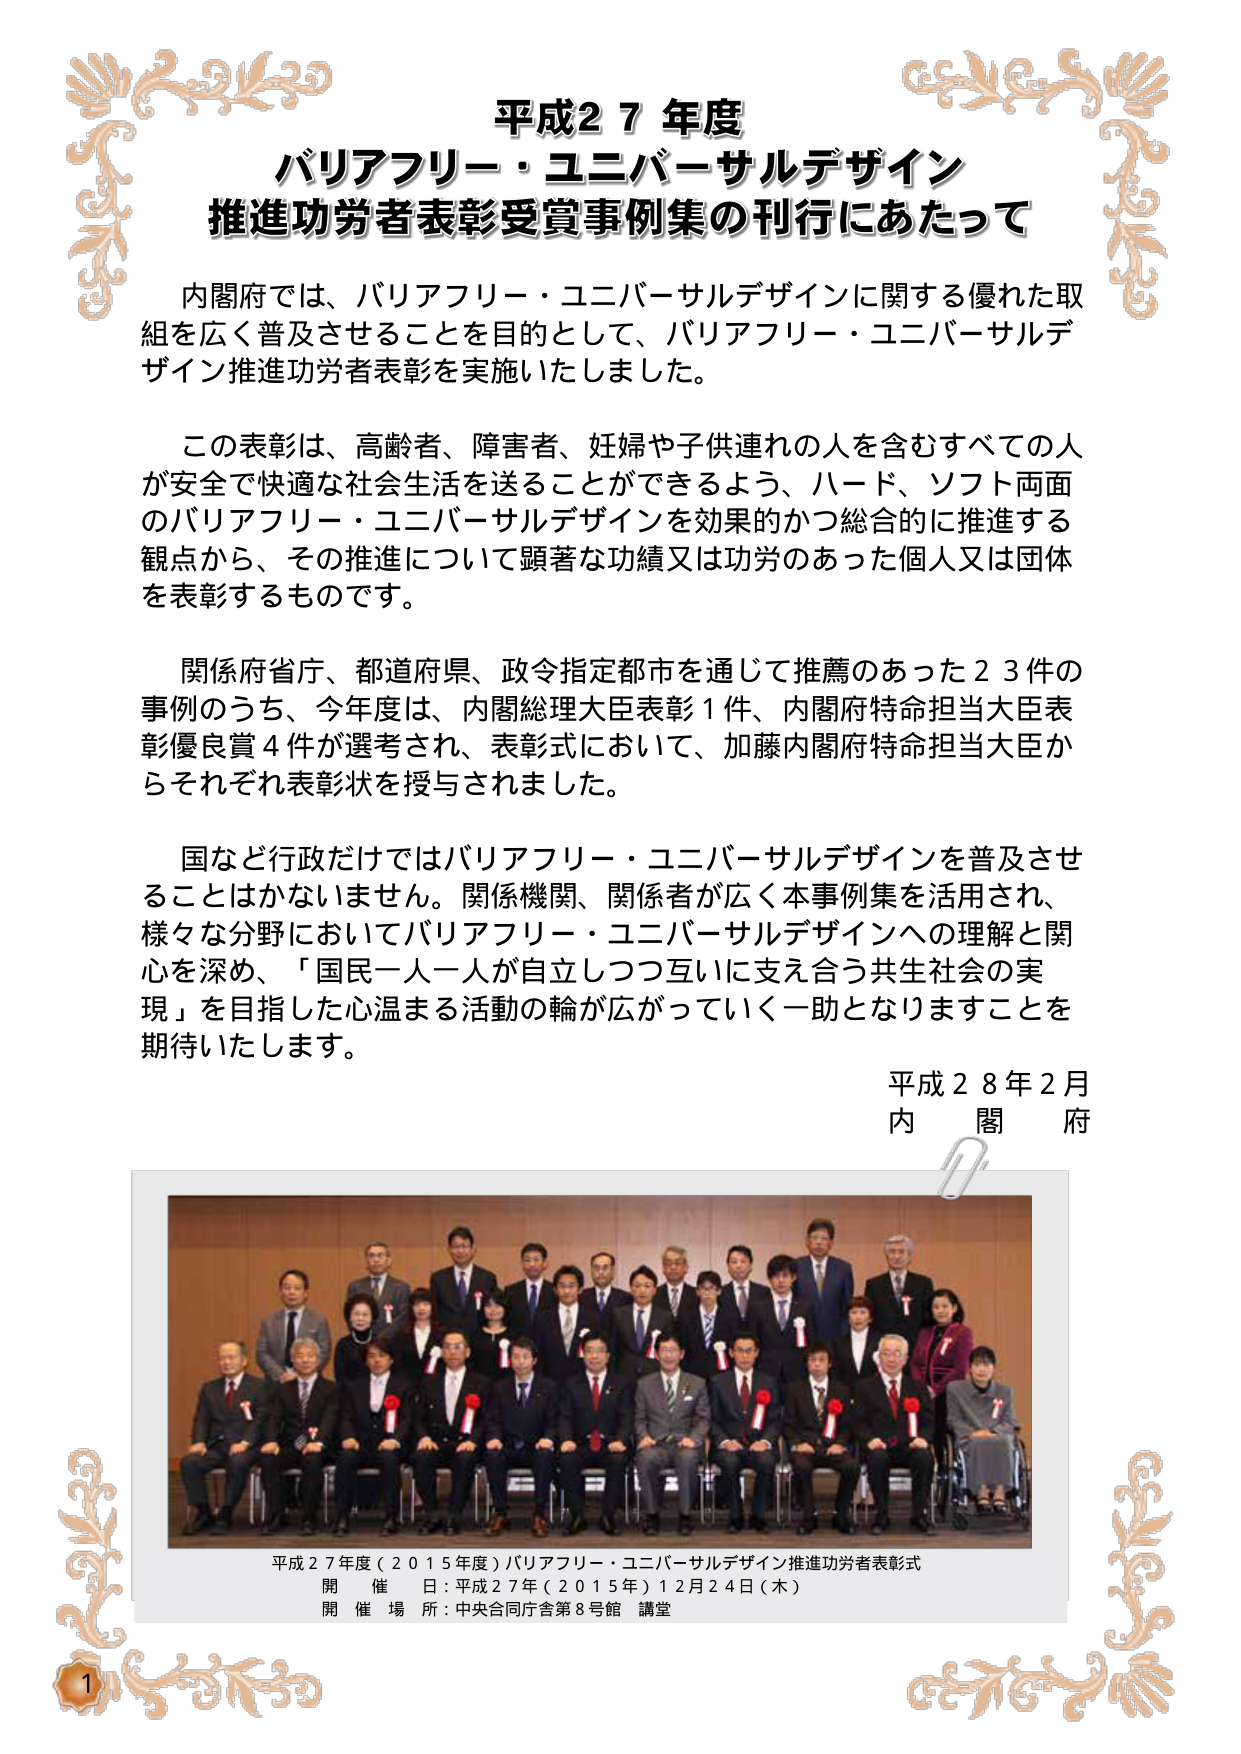
平成２７年度
バリアフリー・ユニバーサルデザイン
推進功労者表彰受賞事例集の刊行にあたって

内閣府では、バリアフリー・ユニバーサルデザインに関する優れた取組を広く普及させることを目的として、バリアフリー・ユニバーサルデザイン推進功労者表彰を実施いたしました。

この表彰は、高齢者、障害者、妊婦や子供連れの人を含むすべての人が安全で快適な社会生活を送ることができるよう、ハード、ソフト両面のバリアフリー・ユニバーサルデザインを効果的かつ総合的に推進する観点から、その推進について顕著な功績又は功労のあった個人又は団体を表彰するものです。

関係府省庁、都道府県、政令指定都市を通じて推薦のあった２３件の事例のうち、今年度は、内閣総理大臣表彰１件、内閣府特命担当大臣表彰優良賞４件が選考され、表彰式において、加藤内閣府特命担当大臣からそれぞれ表彰状を授与されました。

国など行政だけではバリアフリー・ユニバーサルデザインを普及させることはかないません。関係機関、関係者が広く本事例集を活用され、様々な分野においてバリアフリー・ユニバーサルデザインへの理解と関心を深め、「国民一人一人が自立しつつ互いに支え合う共生社会の実現」を目指した心温まる活動の輪が広がっていく一助となりますことを期待いたします。

平成２８年２月
内閣府

平成２７年度（２０１５年度）バリアフリー・ユニバーサルデザイン推進功労者表彰式
開催日：平成２７年（２０１５年）１２月２４日（木）
開催場所：中央合同庁舎第８号館 講堂

1